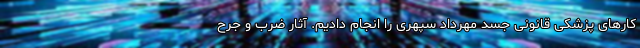
کار‌های پزشکی قانونی جسد مهرداد سپهری را انجام دادیم. آثار ضرب و جرح